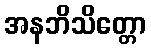
အနဘိသိတ္တော